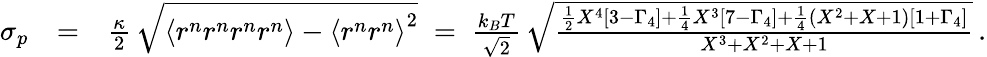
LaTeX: \begin{array}{rlr}{\sigma_{p}}&{=}&{\frac{\kappa}{2}\, \sqrt{\left\langle r^{n}r^{n}r^{n}r^{n}\right\rangle-\left\langle r^{n}r^{n}\right\rangle^{2}}\; =\; \frac{k_{B}T}{\sqrt{2}}\, \sqrt{\frac{\frac{1}{2}X^{4}\left[3-\Gamma_{4}\right]+\frac{1}{4}X^{3}\left[7-\Gamma_{4}\right]+\frac{1}{4}(X^{2}+X+1)\left[1+\Gamma_{4}\right]}{X^{3}+X^{2}+X+1}}\, .}\end{array}